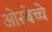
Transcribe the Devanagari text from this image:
ओरबेच्चे